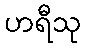
ဟရီသု